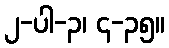
၂-ပါ-၃၊ ၄-၃၅။